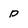
Character: p